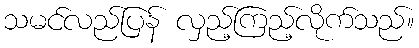
သမင်လည်ပြန် လှည့်ကြည့်လိုက်သည်။